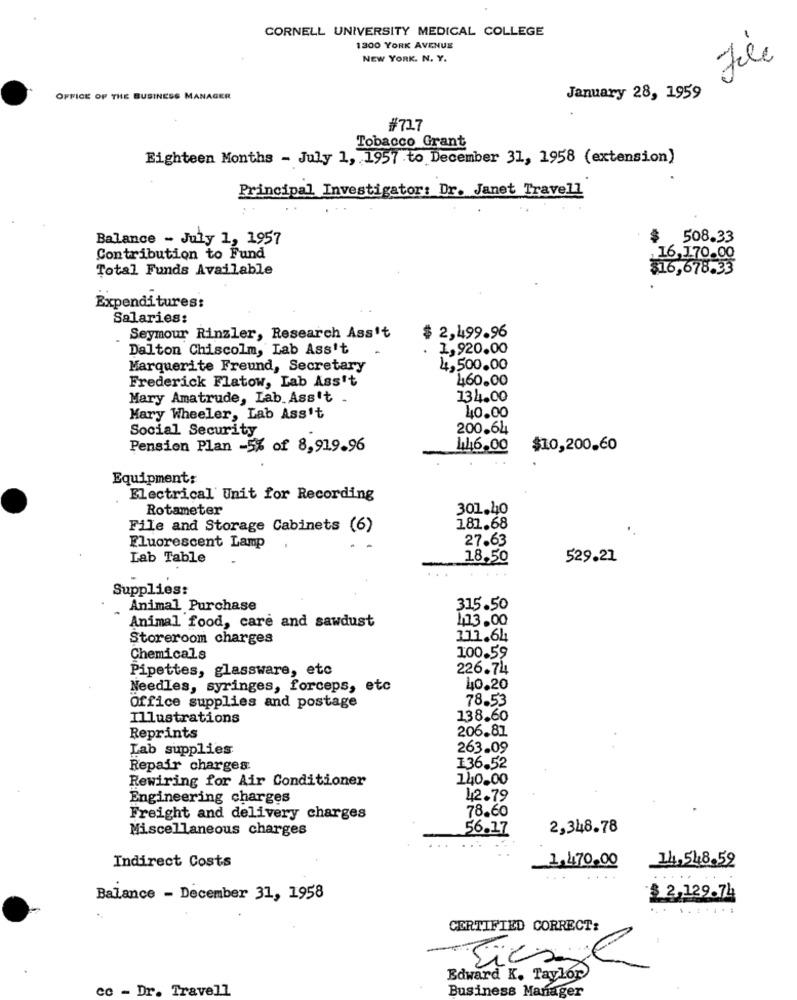
CORNELL UNIVERSITY MEDICAL COLLEGE
1300 YORK AVENUE
NEW YORK. N. Y.
File
OFFICE OF THE BUSINESS MANAGER
January 28, 1959
#71.7
Tobacco Grant
Eighteen Months - July 1, 1957 to December 31, 1958 (extension)
Principal Investigator: Dr. Janet Travell
Balance - July 1, 1957
508.33
Contribution to Fund
16,170.00
Total Funds Available
$16,678.33
Expenditures:
Salaries:
Seymour Rinzler, Research Ass't
$ 2,499.96
Dalton Chiscolm, Lab Ass't
1,920.00
Marquerite Freund, Secretary
4,500.00
Frederick Flatow, Lab Ass't
460.00
Mary Amatrude, Lab.Ass't
134.00
40.00
Mary Wheeler, Lab Ass't
Social Security
200.64
Pension Plan -5% of 8,919.96
146,00
$10,200,60
Equipment:
Electrical Unit for Recording
Rotameter
301.40
File and Storage Cabinets (6)
181.68
27.63
Fluorescent Lamp
Lab Table
18.50
529.21
Supplies:
Animal Purchase
315.50
Animal food, care and sawdust
113.00
Storeroom charges
111.64
Chemicals
100.59
Pipettes, glassware, etc
226.74
Needles, syringes, forceps, etc
40.20
78.53
Office supplies and postage
Illustrations
138.60
206.81
Reprints
Lab supplies
263.09
Repair charges
136.52
Rewiring for Air Conditioner
140.00
Engineering charges
12.79
78.60
Freight and delivery charges
Miscellaneous charges
56.17
2,348.78
Indirect Costs
1,470.00
14,548.59
Balance - December 31, 1958
$ 2,129.74
..
CERTIFIED CORRECT:
Ficaal
Edward K. Taylor
cc - Dr. Travell
Business Manager